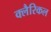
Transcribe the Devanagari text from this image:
क्लैरिकल